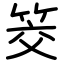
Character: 筊